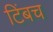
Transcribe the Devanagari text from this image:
टिंबच